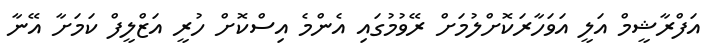
އަފްރާޝީމް އަލީ އަވަހާރަކޮށްލުމަށް ރޭވުމުގައި އެންމެ އިސްކޮށް ހުރީ އަޒްލީފް ކަމަށާ އޭނާ